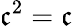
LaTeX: {\mathfrak{c}}^{2}={\mathfrak{c}}